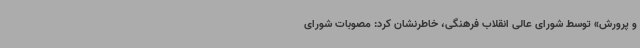
و پرورش» توسط شورای عالی انقلاب فرهنگی، خاطرنشان کرد: مصوبات شورای